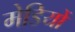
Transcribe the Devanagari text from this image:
मेडियों